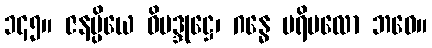
၁၄၅။ ဇနပ္ပိယေ ဝိမဒ္ဒုဋ္ဌေ၊ ဂန္ဓေ ပရိမလော ဘဝေ။